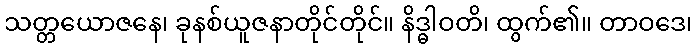
သတ္တယောဇနေ၊ ခုနစ်ယူဇနာတိုင်တိုင်။ နိဒ္ဓါဝတိ၊ ထွက်၏။ တာဝဒေ၊